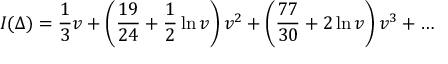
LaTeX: I ( \Delta ) = \frac { 1 } { 3 } v + \left( \frac { 1 9 } { 2 4 } + \frac { 1 } { 2 } \ln v \right) v ^ { 2 } + \left( \frac { 7 7 } { 3 0 } + 2 \ln v \right) v ^ { 3 } + \ldots